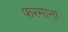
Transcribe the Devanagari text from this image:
फरमाना